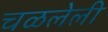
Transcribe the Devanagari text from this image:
चळलेली